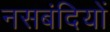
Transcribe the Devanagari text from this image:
नसबंदियों